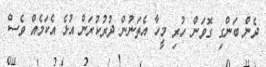
ދެން ބަންގި ގޮވަން ހުރި މީހާ އެތަނުން ދުރުކުރަން އުޅެ އެކަމެއް ވެސް